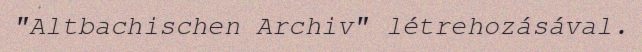
"Altbachischen Archiv" létrehozásával.